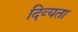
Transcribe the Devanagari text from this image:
दिव्‍यता